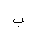
Letter: _ba